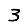
Digit: 3